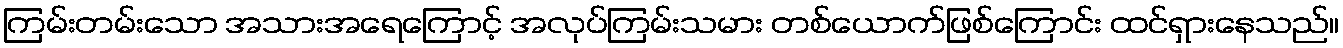
ကြမ်းတမ်းသော အသားအရေကြောင့် အလုပ်ကြမ်းသမား တစ်ယောက်ဖြစ်ကြောင်း ထင်ရှားနေသည်။